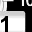
Digit: 1